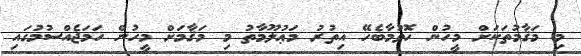
މި މަޤާމުތަކަށް މީހުން ހޮވުމާބެހޭ އިތުރު މަޢުލޫމާތު މި މަޤާމަށް މީހުން ހަމަޖެއްސުމުގައި